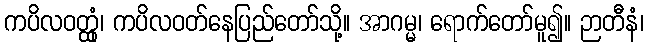
ကပိလဝတ္ထုံ၊ ကပိလဝတ်နေပြည်တော်သို့။ အာဂမ္မ၊ ရောက်တော်မူ၍။ ဉာတီနံ၊